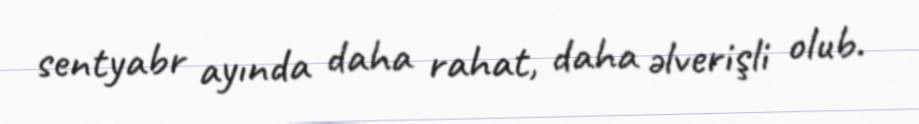
sentyabr ayında daha rahat, daha əlverişli olub.